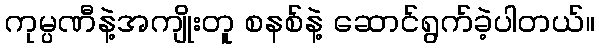
ကုမ္ပဏီနဲ့အကျိုးတူ စနစ်နဲ့ ဆောင်ရွက်ခဲ့ပါတယ်။